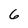
Character: 6